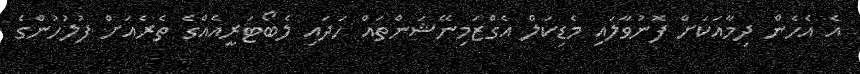
އެ އެހެން ދިމާއަކަށް ފޮނުވާލައި މެޑިކަލް އެގްޒަމިނޭޝަންތައް ހަދައި ލެބޯޓަރީއެއްގެ ތެރެއަށް ފުލުހުންގެ